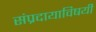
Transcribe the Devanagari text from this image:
संप्रदायाविषयी